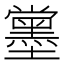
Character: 𡓪